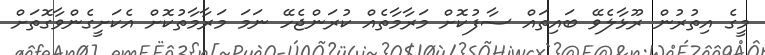
މީގެ އިތުރުން ރޫޅާލެވޭ ބައިތައް ސާފުކޮށް މަރާމާތެއް ކުރަންޖެހޭ ނަމަ މަރާމާތުކޮށް އެކަށީީގެންވާގޮތަށް